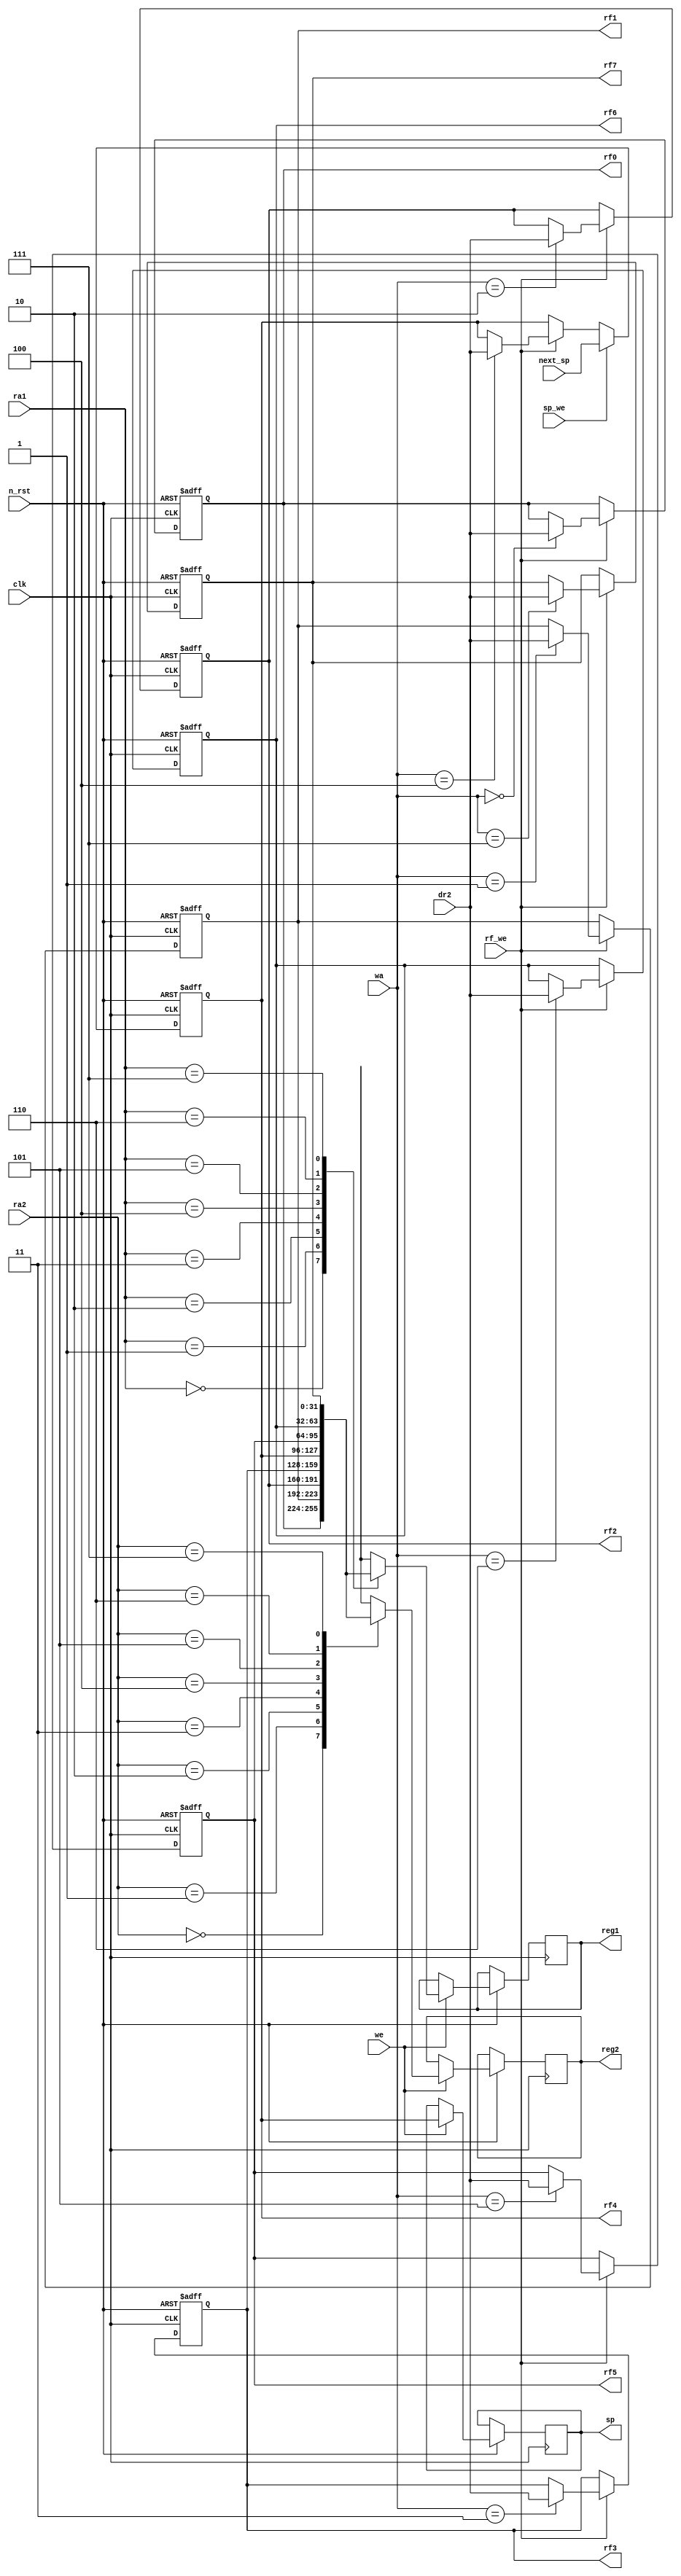
module register_file(clk, n_rst, we, ra1, ra2, rf_we, wa, dr2, sp_we, next_sp, reg1, reg2, sp, rf0, rf1, rf2, rf3, rf4, rf5, rf6, rf7);
   input clk, n_rst, we;
   input [2:0] ra1, ra2;
   input 	 rf_we;
   input [2:0] 	 wa;
   input [31:0]  dr2;
   input 	 sp_we;
   input [31:0]  next_sp;
   output reg [31:0] reg1, reg2, sp;
   output [31:0]     rf0, rf1, rf2, rf3, rf4, rf5, rf6, rf7;
   
   reg [31:0] 	 rf [0:7];
   
   assign rf0 = rf[0];
   assign rf1 = rf[1];
   assign rf2 = rf[2];
   assign rf3 = rf[3];
   assign rf4 = rf[4];
   assign rf5 = rf[5];
   assign rf6 = rf[6];
   assign rf7 = rf[7];

   always @(posedge clk or negedge n_rst) begin
      if (n_rst == 1'b0) begin
	 rf[0] <= 32'h00000000;
	 rf[1] <= 32'h00000000;
	 rf[2] <= 32'h00000000;
	 rf[3] <= 32'h00000000;
	 rf[4] <= 32'h00000100;
	 rf[5] <= 32'h00000000;
	 rf[6] <= 32'h00000000;
	 rf[7] <= 32'h00000000;
      end else begin
	 if (we == 1'b1) begin
	    reg1 <= rf[ra1];
	    reg2 <= rf[ra2];
	    sp <= rf[4];
	 end 
	 if (rf_we == 1'b1) begin
	    rf[wa] <= dr2;
	 end
	 if (sp_we == 1'b1) begin
	    rf[4] <= next_sp;
	 end
      end	    
   end
endmodule